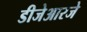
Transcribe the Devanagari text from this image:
डीजेआरजे